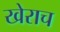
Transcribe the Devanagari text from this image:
खेराच